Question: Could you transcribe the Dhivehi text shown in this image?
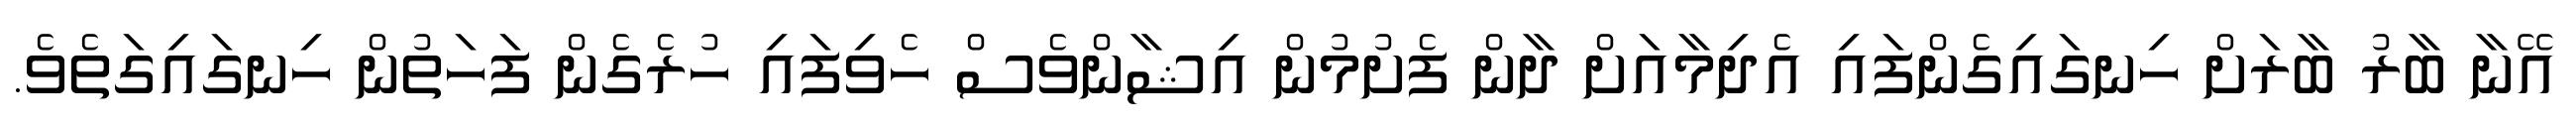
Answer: އޭނާ ބާރު ބާރަށް ހިނގައިގެންފައި އެދިމާއަށް ދާން ފެށުމުން އިޝާންވެސް ހެވިފައި ހުރެގެން ފަހަތުން ހިނގައިގަތެވެ.